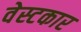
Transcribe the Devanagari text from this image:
वेस्टकार